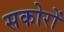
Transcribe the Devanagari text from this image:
सकोरों